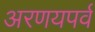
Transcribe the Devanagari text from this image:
अरणयपर्व